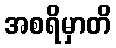
အစရိမှာတိ